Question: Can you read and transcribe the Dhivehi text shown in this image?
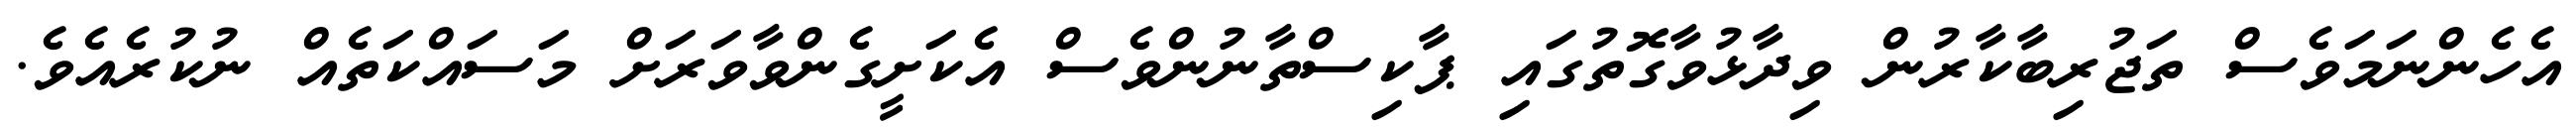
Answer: އެހެންނަމަވެސް ތަޖުރިބާކާރުން ވިދާޅުވާގޮތުގައި ޕާކިސްތާނުންވެސް އެކަށީގެންވާވަރަށް މަސައްކަތެއް ނުކުރެއެވެ.